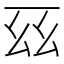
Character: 𫠩